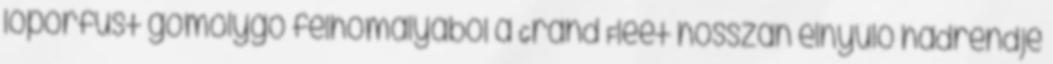
lőporfüst gomolygó félhomályából a Grand Fleet hosszan elnyúló hadrendje